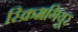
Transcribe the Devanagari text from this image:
स्क्रिमगियूर